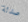
صدئة